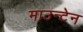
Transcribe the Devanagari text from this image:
माउन्‍टेन